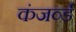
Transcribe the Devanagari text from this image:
कंजर्व्ड